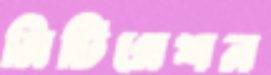
মিটিগেশন